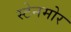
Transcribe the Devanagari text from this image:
स्टेनमोर